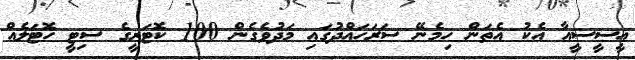
އީސީސީއާ އެކު އެތަން ހިމެނޭ ސަރަހައްދުގައި މަދުވެގެން 100 ކޮޓަރީގެ ސިޓީ ހޮޓަލެއް